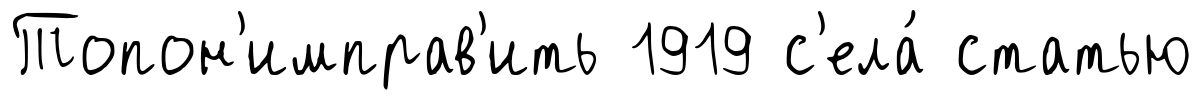
Топон'имправ'ить 1919 с'ела́ статью